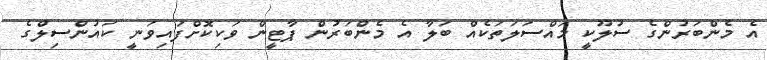
އެ މެންބަރުންގެ ސުލޫކީ މައްސަލަތަކެއް ބަލާ އެ މެންބަރުން ޕާޓީން ވަކިކޮށްފައިވަނީ ކައުންސިލްގެ